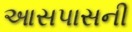
આસપાસની